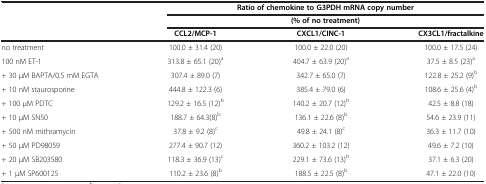
<table><thead><tr><td><b> </b></td><td colspan="3"><b>Ratio of chemokine to G3PDH mRNA copy number</b></td></tr><tr><td><b> </b></td><td colspan="3"><b>(% of no treatment)</b></td></tr><tr><td><b> </b></td><td><b>CCL2/MCP-1</b></td><td><b>CXCL1/CINC-1</b></td><td><b>CX3CL1/fractalkine</b></td></tr></thead><tbody><tr><td>no treatment</td><td>100.0 ± 31.4 (20)</td><td>100.0 ± 22.0 (20)</td><td>100.0 ± 17.5 (24)</td></tr><tr><td>100 nM ET-1</td><td>313.8 ± 65.1 (20)<sup>a</sup></td><td>404.7 ± 63.9 (20)<sup>a</sup></td><td>37.5 ± 8.5 (23)<sup>a</sup></td></tr><tr><td>+ 30 μM BAPTA/0.5 mM EGTA</td><td>307.4 ± 89.0 (7)</td><td>342.7 ± 65.0 (7)</td><td>122.8 ± 25.2 (9)<sup>b</sup></td></tr><tr><td>+ 10 nM staurosporine</td><td>444.8 ± 122.3 (6)</td><td>385.4 ± 79.0 (6)</td><td>108.6 ± 25.6 (4)<sup>b</sup></td></tr><tr><td>+ 100 μM PDTC</td><td>129.2 ± 16.5 (12)<sup>b</sup></td><td>140.2 ± 20.7 (12)<sup>b</sup></td><td>42.5 ± 8.8 (18)</td></tr><tr><td>+ 10 μM SN50</td><td>188.7 ± 64.3(8)<sup>b</sup></td><td>136.1 ± 22.6 (8)<sup>b</sup></td><td>54.6 ± 23.9 (11)</td></tr><tr><td>+ 500 nM mithramycin</td><td>37.8 ± 9.2 (8)<sup>c</sup></td><td>49.8 ± 24.1 (8)<sup>c</sup></td><td>36.3 ± 11.7 (10)</td></tr><tr><td>+ 50 μM PD98059</td><td>277.4 ± 90.7 (12)</td><td>360.2 ± 103.2 (12)</td><td>49.6 ± 7.2 (10)</td></tr><tr><td>+ 20 μM SB203580</td><td>118.3 ± 36.9 (13)<sup>c</sup></td><td>229.1 ± 73.6 (13)<sup>b</sup></td><td>37.1 ± 6.3 (20)</td></tr><tr><td>+ 1 μM SP600125</td><td>110.2 ± 23.6 (8)<sup>b</sup></td><td>188.5 ± 22.5 (8)<sup>b</sup></td><td>47.1 ± 22.0 (10)</td></tr></tbody></table>